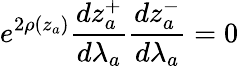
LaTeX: e^{2\rho(z_{a})}\frac{dz_{a}^{+}}{d\lambda_{a}}\frac{dz_{a}^{-}}{d\lambda_{a}}=0